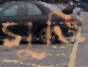
সুজি